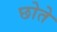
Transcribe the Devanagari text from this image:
छोते